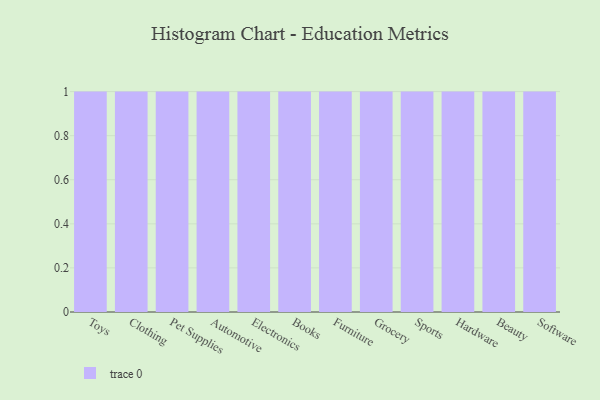
{"axis": {"x": "Category", "y": "Energy Usage (MWh)"}, "legend": [""], "data": [{"x": "Toys", "y": 10, "type": ""}, {"x": "Clothing", "y": 60, "type": ""}, {"x": "Pet Supplies", "y": 44, "type": ""}, {"x": "Automotive", "y": 29, "type": ""}, {"x": "Electronics", "y": 39, "type": ""}, {"x": "Books", "y": 77, "type": ""}, {"x": "Furniture", "y": 5, "type": ""}, {"x": "Grocery", "y": 51, "type": ""}, {"x": "Sports", "y": 14, "type": ""}, {"x": "Hardware", "y": 64, "type": ""}, {"x": "Beauty", "y": 99, "type": ""}, {"x": "Software", "y": 51, "type": ""}]}